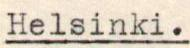
Helsinki.